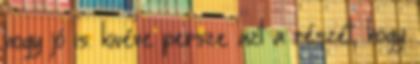
hogy jó is. kivéve persze azt a részét, hogy